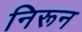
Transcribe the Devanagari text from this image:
निरून